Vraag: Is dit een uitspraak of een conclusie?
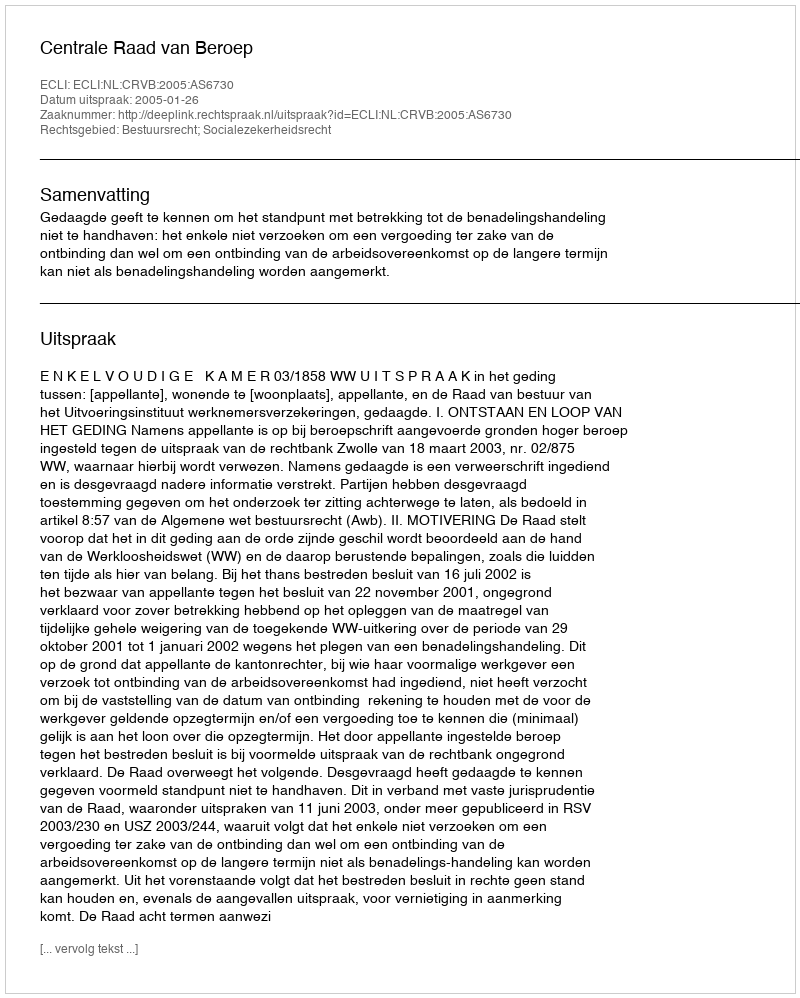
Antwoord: Uitspraak